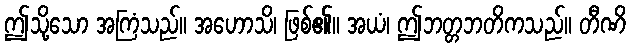
ဤသို့သော အကြံသည်။ အဟောသိ၊ ဖြစ်၏။ အယံ၊ ဤဘတ္တဘတိကသည်။ တီဏိ